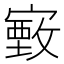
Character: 𫴄